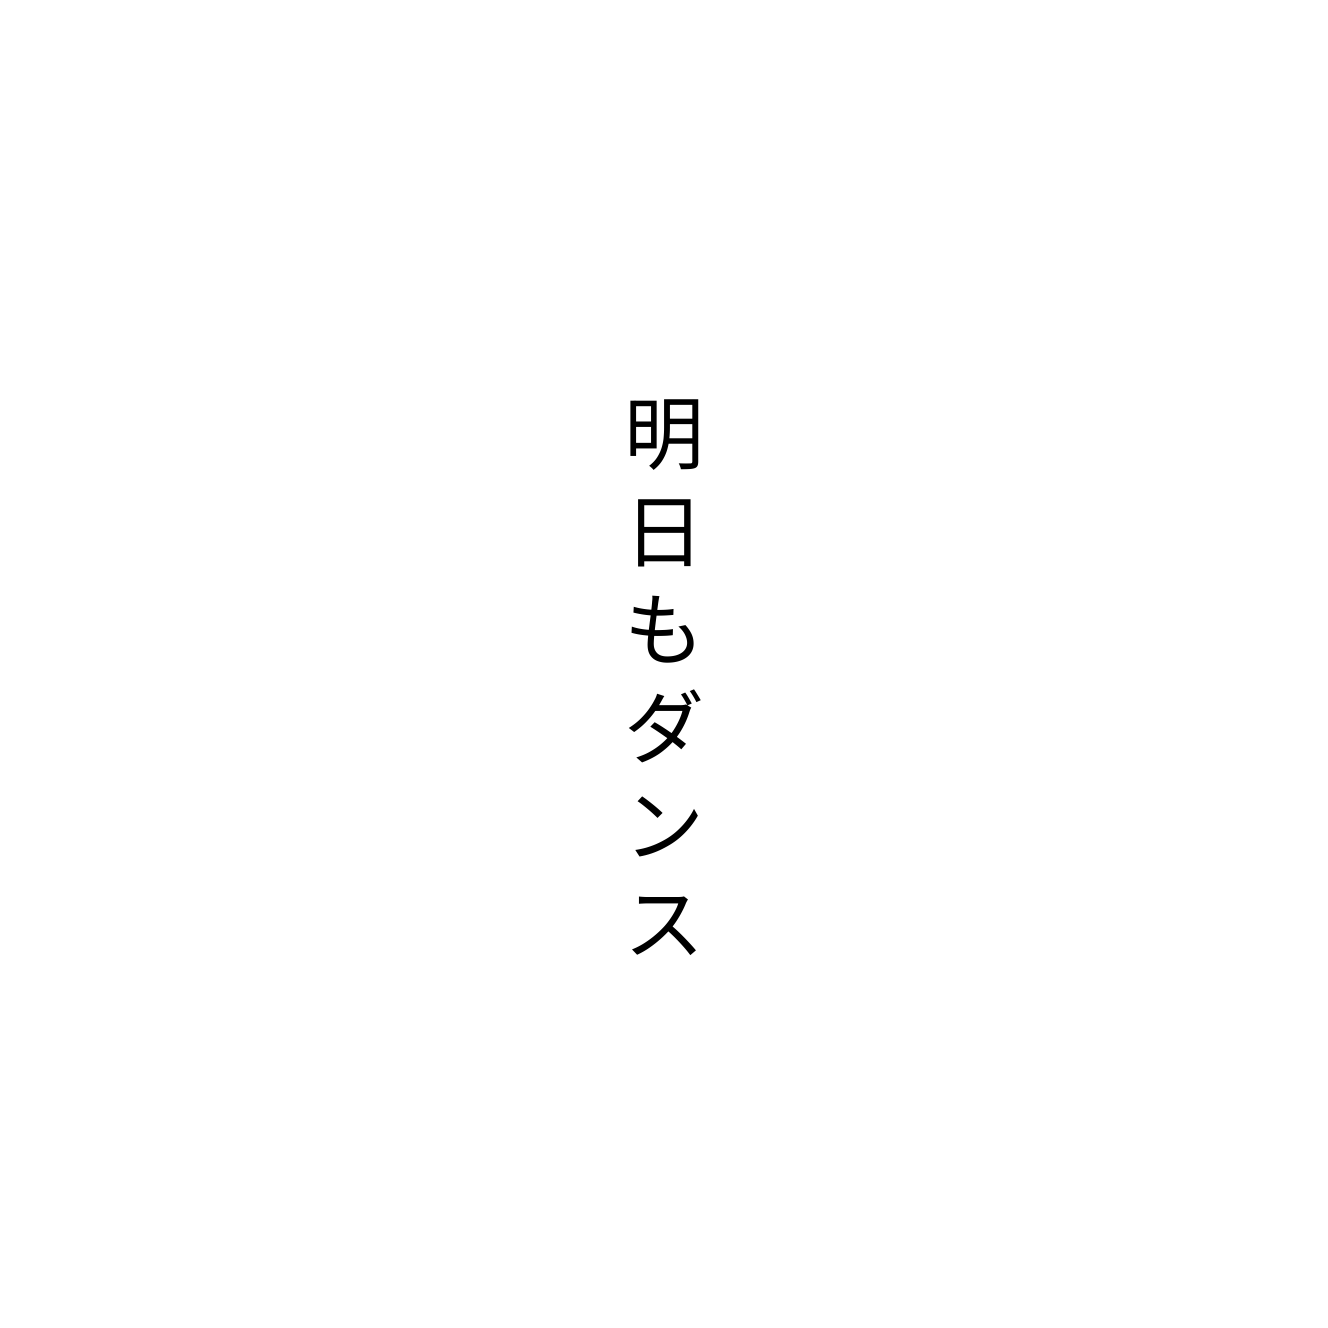
明日もダンス